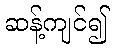
ဆန့်ကျင်၍